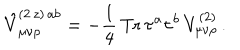
\hat { V } _ { \mu \nu \rho } ^ { ( 2 \, z ) \, a b } = - \frac { 1 } { 4 } \, \mathrm { T r } \, \tau ^ { a } \tau ^ { b } \, V _ { \mu \nu \rho } ^ { ( 2 ) } \, .